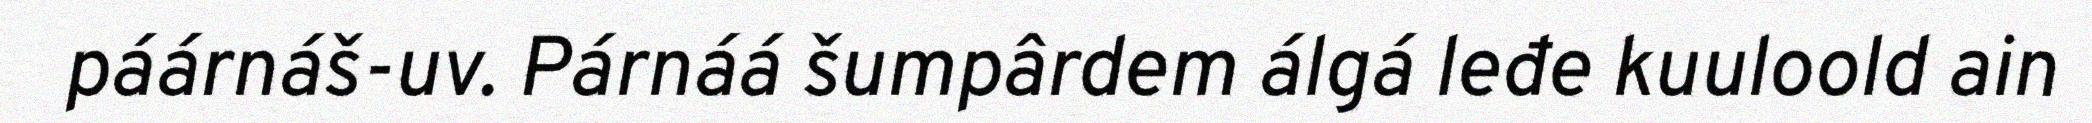
páárnáš-uv. Párnáá šumpârdem álgá leđe kuuloold ain